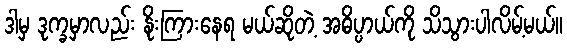
ဒါမှ ဒုက္ခမှာလည်း နိုးကြားနေရ မယ်ဆိုတဲ့ အဓိပ္ပာယ်ကို သိသွားပါလိမ့်မယ်။